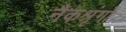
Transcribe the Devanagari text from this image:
नैकश्रृंगो